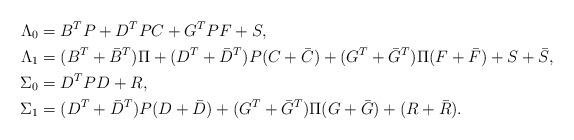
LaTeX: \begin{align*}\Lambda_0 &= B^TP+ D^TPC + G^TPF + S,\\\Lambda_1 &=(B^T+\bar{B}^T)\Pi+ (D^T+\bar{D}^T)P(C+\bar{C}) + (G^T+\bar{G}^T)\Pi(F + \bar{F}) + S + \bar S,\\\Sigma_0 &= D^TPD + R,\\\Sigma_1 &= (D^T+\bar{D}^T)P(D+\bar{D}) + (G^T+\bar{G}^T)\Pi(G + \bar{G}) + (R+\bar R).\end{align*}